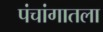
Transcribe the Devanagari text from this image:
पंचांगातला